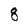
Character: 8